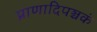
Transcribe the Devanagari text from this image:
प्राणादिपञ्चकं